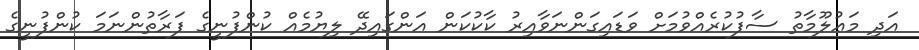
އަދި މަޢުލޫމާތު ސާފުކުރެއްވުމަށް ވަޑައިގަންނަވާއިރު ކާކުކަން އަންގައިދޭ ލިޔުމެއް ކުންފުނީގެ ފަރާތުންނަމަ ކުންފުނީގެ